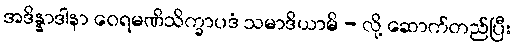
အဒိန္နာဒါနာ ဝေရမဏိသိက္ခာပဒံ သမာဒိယာမိ - လို့ ဆောက်တည်ပြီး